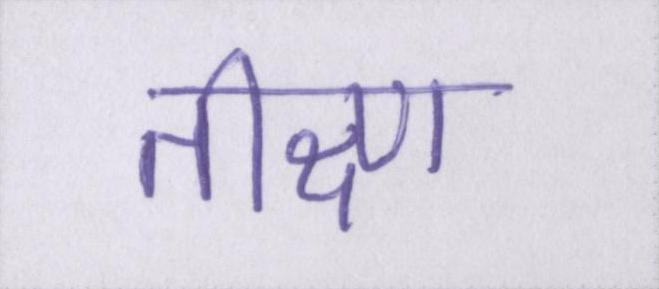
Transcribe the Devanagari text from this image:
तीक्ष्ण